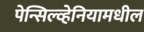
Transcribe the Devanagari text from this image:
पेन्सिल्व्हेनियामधील